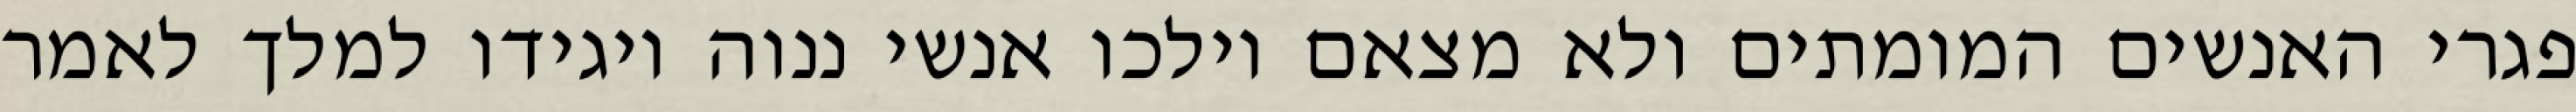
פגרי האנשים המומתים ולא מצאם וילכו אנשי ננוה ויגידו למלך לאמר